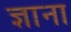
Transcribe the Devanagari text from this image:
ज्ञाना